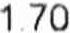
1.70